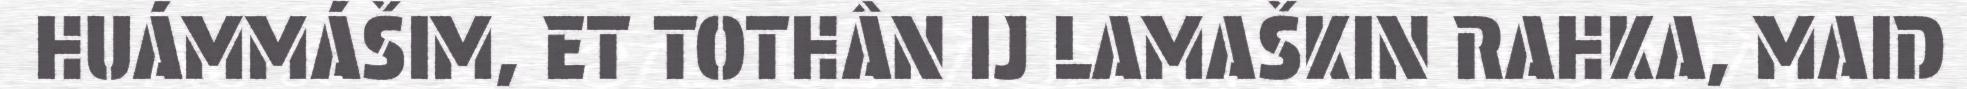
HUÁMMÁŠIM, ET TOTHÂN IJ LAMAŠKIN RAHKA, MAID